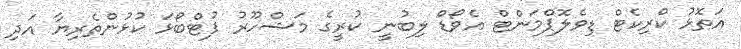
އަތޮޅު ކްރިކެޓް ޑިވެލޮޕްމަންޓް އެވޯޑް ލިބުނީ ކުރީގެ މަޝްހޫރު ފުޓްބޯޅަ ކުޅުންތެރިޔާ އަދި